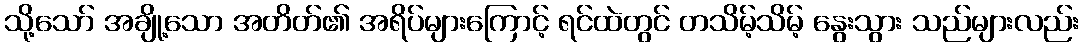
သို့သော် အချို့သော အတိတ်၏ အရိပ်များကြောင့် ရင်ထဲတွင် တသိမ့်သိမ့် နွေးသွား သည်များလည်း